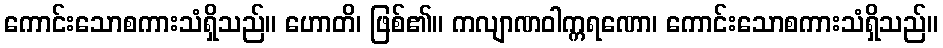
ကောင်းသောစကားသံရှိသည်။ ဟောတိ၊ ဖြစ်၏။ ကလျာဏဝါက္ကရဏော၊ ကောင်းသောစကားသံရှိသည်။